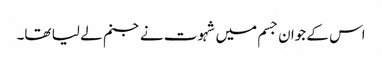
اس کے جوان جسم میں شہوت نے جنم لے لیا تھا۔